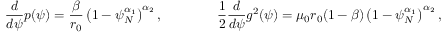
\frac { d } { d \psi } p ( \psi ) = \frac { \beta } { r _ { 0 } } \left( 1 - \psi _ { N } ^ { \alpha _ { 1 } } \right) ^ { \alpha _ { 2 } } , \qquad \qquad \frac { 1 } { 2 } \frac { d } { d \psi } g ^ { 2 } ( \psi ) = \mu _ { 0 } r _ { 0 } ( 1 - \beta ) \left( 1 - \psi _ { N } ^ { \alpha _ { 1 } } \right) ^ { \alpha _ { 2 } } ,